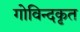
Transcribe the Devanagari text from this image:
गोविन्दकृत